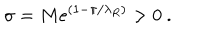
\sigma = M e ^ { ( 1 - \pi / \lambda _ { R } ) } > 0 ~ .